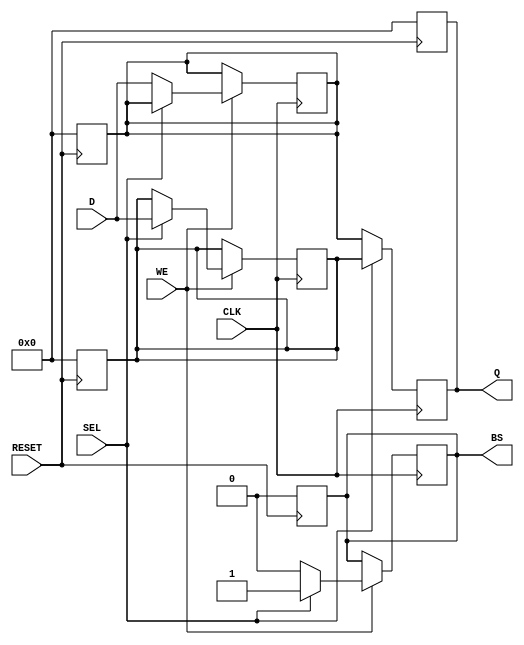
module double_buffer_register (
    input  wire [31:0] D,        // Data In
    input  wire WE,              // Write Enable
    input  wire CLK,             // Clock
    input  wire SEL,             // Select signal for buffer
    input  wire RESET,           // Asynchronous Reset
    output reg  [31:0] Q,        // Data Out
    output reg  BS               // Buffer Status
);

    // Internal registers for the two buffers
    reg [31:0] buffer0;
    reg [31:0] buffer1;

    // Asynchronous reset logic
    always @(posedge RESET) begin
        buffer0 <= 32'b0;
        buffer1 <= 32'b0;
        Q <= 32'b0;
        BS <= 1'b0; // Default to Buffer 0
    end

    // Write and Read logic on clock edge
    always @(posedge CLK) begin
        // Write operation
        if (WE) begin
            if (SEL) begin
                buffer1 <= D; // Write to Buffer 1
                BS <= 1'b1;   // Set Buffer Status to Buffer 1
            end else begin
                buffer0 <= D; // Write to Buffer 0
                BS <= 1'b0;   // Set Buffer Status to Buffer 0
            end
        end

        // Read operation
        if (SEL) begin
            Q <= buffer1; // Read from Buffer 1
        end else begin
            Q <= buffer0; // Read from Buffer 0
        end
    end

endmodule